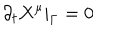
\partial _ { t } X ^ { \mu } | _ { \Gamma } = 0